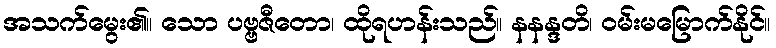
အသက်မွေး၏။ သော ပဗ္ဗဇီတော၊ ထိုရဟန်းသည်။ နနန္ဒတိ၊ ဝမ်းမမြောက်နိုင်။